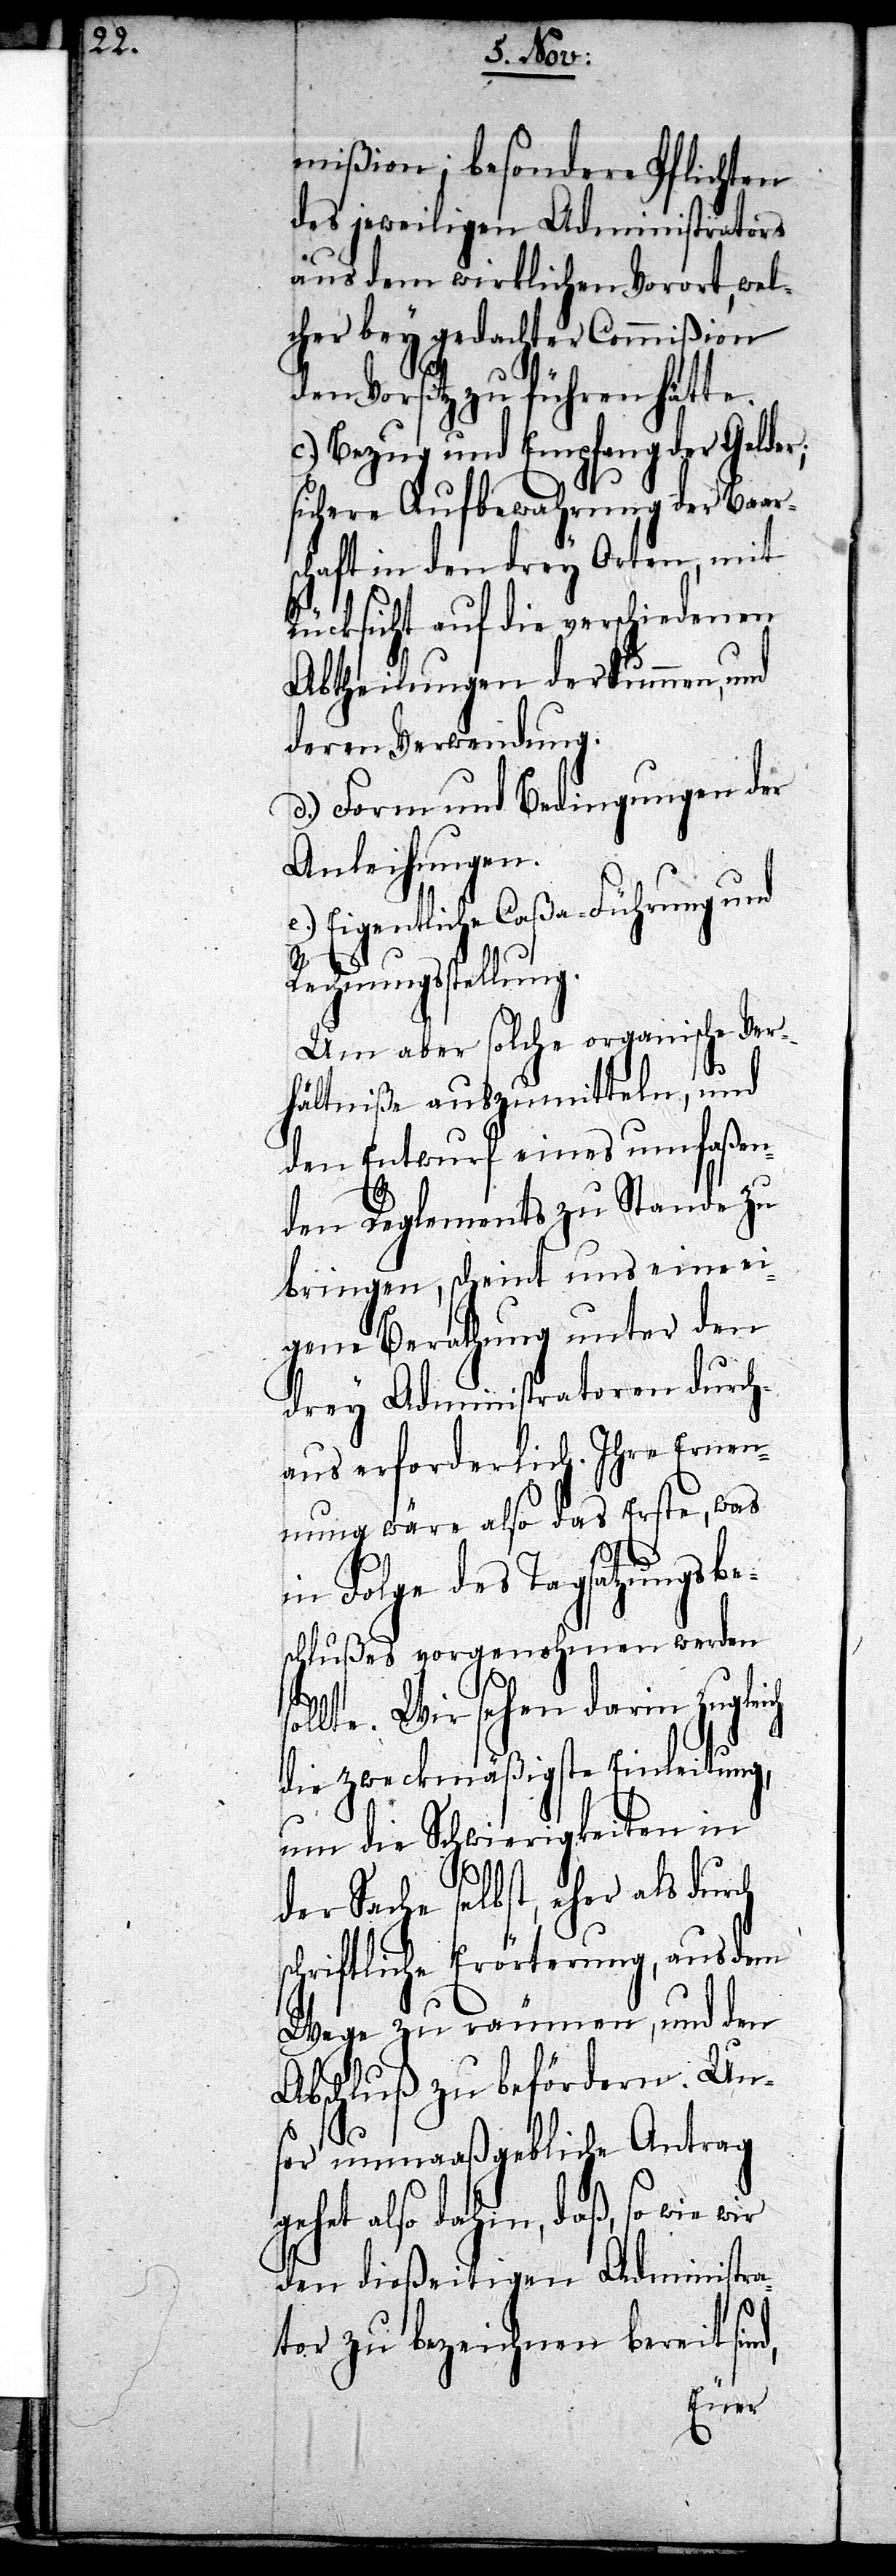
mißion; besondere Pflichten
des jeweiligen Administrators
aus dem wirklichen Vorort, wel¬
cher bey gedachter Commißion
den Vorsitz zu führen hätte.
c.) Bezug und Empfang der Gelder;
sichere Aufbewahrung der Baar¬
schaft in den drey Orten, mit
Rücksicht auf die verschiedenen
Abtheilungen der Summen, und
deren Verwendung.
d.) Form und Bedingungen der
Anleihungen.
e.) Eigentliche Caßa-Führung und
Rechnungsstellung.
Um aber solche organische Ver¬
hältniße auszumitteln, und
den Entwurf eines umfaßen¬
den Reglements zu Stande zu
bringen, scheint uns eine ei¬
gene Berathung unter den
drey Administratoren durch¬
aus erforderlich. Ihre Ernen¬
nung wäre also das Erste, was
d,
in Folge des Tagsatzungsbe¬
schlußes vorgenohmen werden
sollte. Wir sehen darin zugleich
die zweckmäßigste Einleitung,
um die Schwierigkeiten in
der Sache selbst, eher als dur¬
Erörterung, aus dem
Wege zu räumen, und den
Abschluß zu befördern. Un¬
ser unmaaßgebliche Antrag
gehet also dahin, daß, so wie wir
den dießeitigen Administra¬
tor zu bezeichnen bereit sin¬